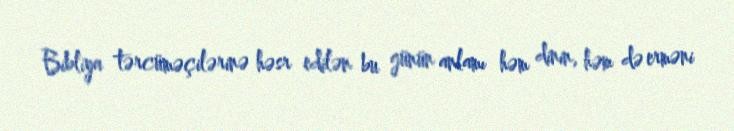
Bibliya tərcüməçilərinə həsr edilən bu günün anlamı həm dinin, həm də erməni